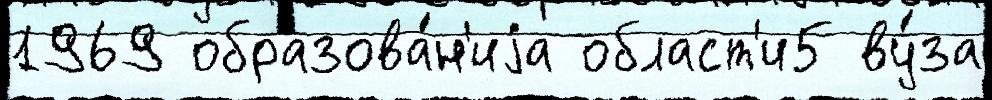
1969 образова́н'иjа област'и5 ву́за